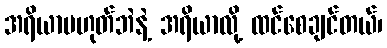
အရိယာမဟုတ်ဘဲနဲ့ အရိယာလို့ ထင်စေချင်တယ်၊